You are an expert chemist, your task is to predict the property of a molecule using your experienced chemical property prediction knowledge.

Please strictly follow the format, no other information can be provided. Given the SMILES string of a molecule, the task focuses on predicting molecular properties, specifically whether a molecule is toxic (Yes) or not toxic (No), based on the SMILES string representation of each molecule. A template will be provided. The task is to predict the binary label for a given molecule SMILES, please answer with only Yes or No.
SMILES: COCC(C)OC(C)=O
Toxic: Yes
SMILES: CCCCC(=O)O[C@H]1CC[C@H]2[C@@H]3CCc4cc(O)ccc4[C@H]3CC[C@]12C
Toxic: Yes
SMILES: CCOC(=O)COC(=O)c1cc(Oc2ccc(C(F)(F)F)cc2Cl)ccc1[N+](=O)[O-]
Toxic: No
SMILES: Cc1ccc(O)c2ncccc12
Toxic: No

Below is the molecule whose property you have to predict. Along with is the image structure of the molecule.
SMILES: Cc1cc(F)ccc1-c1cc(N2CC[C@@H](O)[C@H]2CO)ncc1N(C)C(=O)C(C)(C)c1cc(C(F)(F)F)cc(C(F)(F)F)c1
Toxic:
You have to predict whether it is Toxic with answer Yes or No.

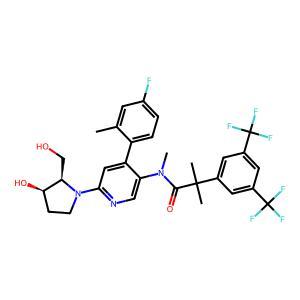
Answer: No